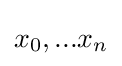
x_{0},...x_{n}